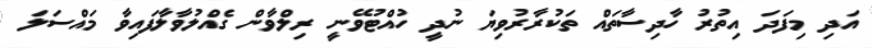
އަދި މިފަދަ އިތުރު ހާދިސާތައް ތަކުރާރުވިޔަ ނުދީ ހުއްޓުވޭނީ ރިލްވާން ގެއްލުވާލާފައިވާ މައްސަލަ